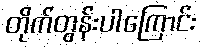
တိုက်တွန်းပါကြောင်း